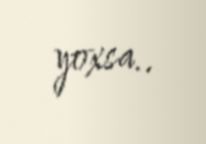
yoxsa..